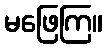
မဖြေကြ။